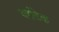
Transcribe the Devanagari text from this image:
वर्सटेक